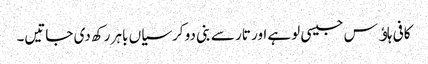
کافی ہاﺅس جیسی لوہے اور تار سے بنی دو کرسیاں باہر رکھ دی جاتیں۔